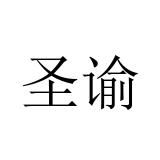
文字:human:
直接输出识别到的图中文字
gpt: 圣谕